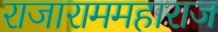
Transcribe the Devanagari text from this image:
राजाराममहाराज